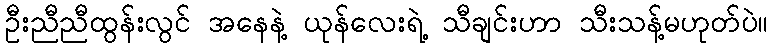
ဦးညီညီထွန်းလွင် အနေနဲ့ ယုန်လေးရဲ့ သီချင်းဟာ သီးသန့်မဟုတ်ပဲ။